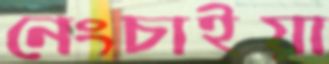
নেংচাইয়া